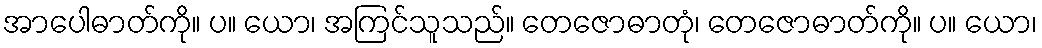
အာပေါဓာတ်ကို။ ပ။ ယော၊ အကြင်သူသည်။ တေဇောဓာတုံ၊ တေဇောဓာတ်ကို။ ပ။ ယော၊